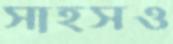
সাহসও